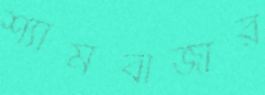
শ্যামবাজার